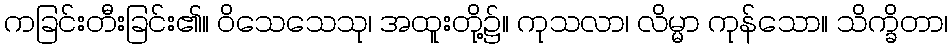
ကခြင်းတီးခြင်း၏။ ဝိသေသေသု၊ အထူးတို့၌။ ကုသလာ၊ လိမ္မာ ကုန်သော။ သိက္ခိတာ၊